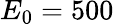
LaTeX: E_{0}=500